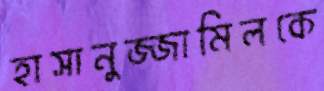
হাসানুজ্জামিলকে